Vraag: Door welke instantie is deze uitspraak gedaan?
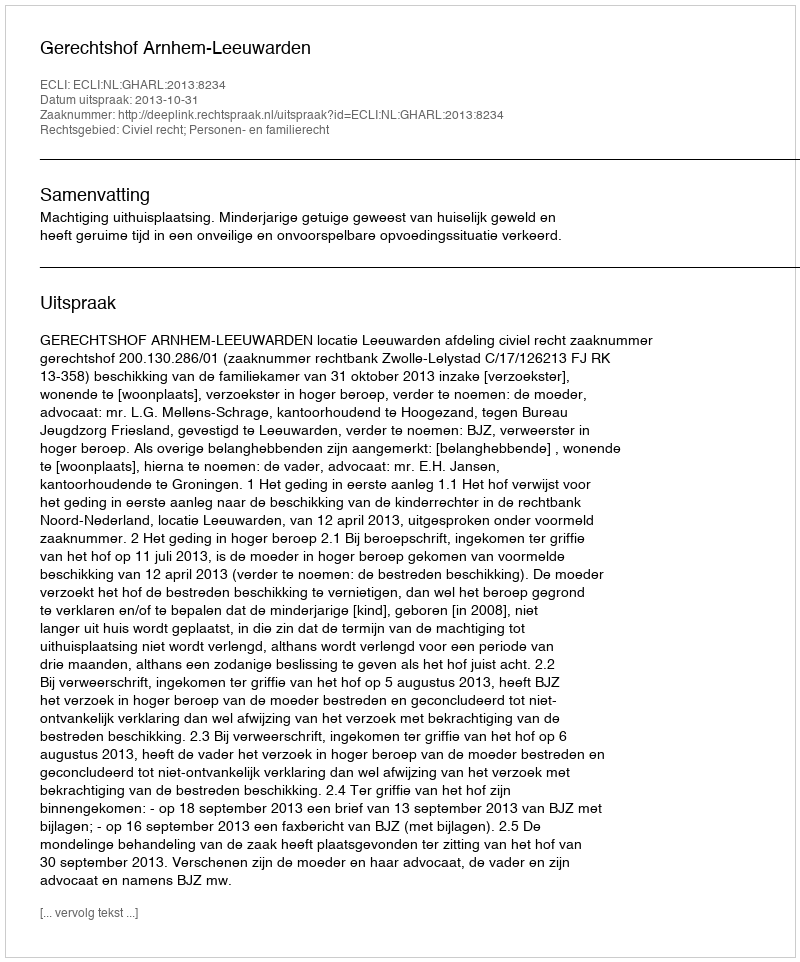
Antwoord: Gerechtshof Arnhem-Leeuwarden